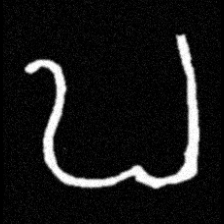
Pyu character \u2014 Myanmar letter: ဎ (romanized: ddha)